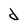
Character: d